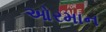
ઓરમાન